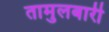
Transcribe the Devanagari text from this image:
तामुलबारी